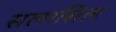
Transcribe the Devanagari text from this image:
सलासिल